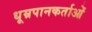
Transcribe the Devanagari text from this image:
धूम्रपानकर्ताओं